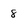
Character: 8